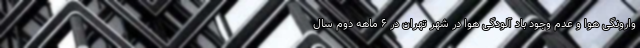
وارونگی هوا و عدم وجود باد آلودگی هوا در شهر تهران در ۶ ماهه دوم سال